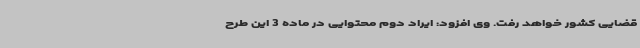
قضایی کشور خواهد رفت. وی افزود: ایراد دوم محتوایی در ماده 3 این طرح